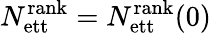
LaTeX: N_{\mathrm{ett}}^{\mathrm{rank}}=N_{\mathrm{ett}}^{\mathrm{rank}}(0)